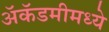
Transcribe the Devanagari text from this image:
ॲकॅडमीमध्ये